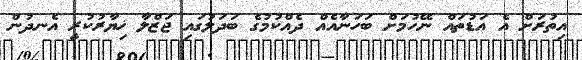
އިތުރަށް އެ އަޑުތައް ނޭހުމަށް ބަހަނާއެއް ދެއްކުމުގެ ބަދަލުގައި ޖަޒްލާ ޚިޔާރުކުރީ އެނދުން